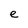
Character: e